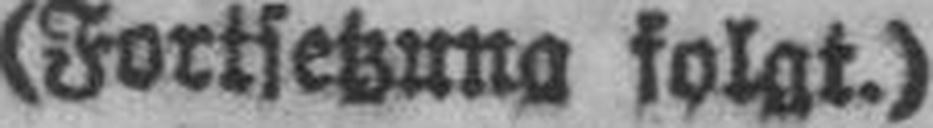
(Fortsetzung folgt.)